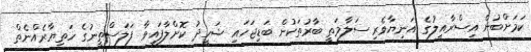
ކަމަށްބުނެ އިސްރާއީލުގެ އަނިޔާވެރި ސަލާމަތީ ބާރުތަކުން ބަޑިޖަހައި ޝަހީދު ކޮށްލާފައިވާ ފަލަސްތީނުގެ ހަތިޔާރެއްނެތް